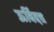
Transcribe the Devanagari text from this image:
ऊर्विदत्त